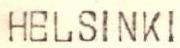
HELSINKI